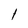
Character: l